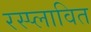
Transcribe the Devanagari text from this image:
रस्प्लावित